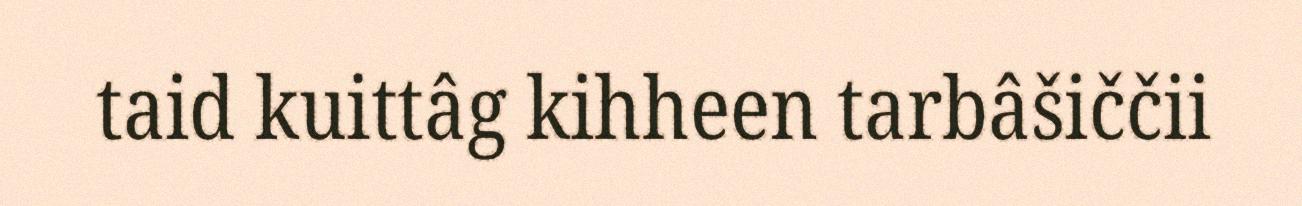
taid kuittâg kihheen tarbâšiččii